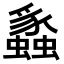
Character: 𬠸